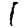
Digit: 1